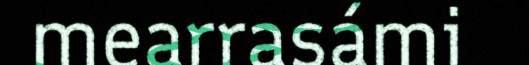
mearrasámi